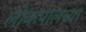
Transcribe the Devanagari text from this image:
लोकपालच्या